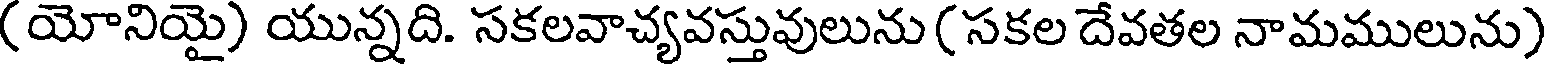
(యోనియై) యున్నది. సకలవాచ్యవస్తువులును ( సకల దేవతల నామములును)